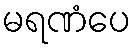
မရဏံပေ